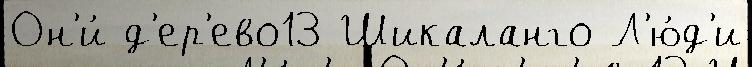
Он'и́ д'ер'ево13 Шикаланго Л'ю́д'и